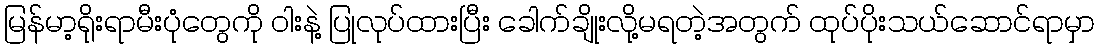
မြန်မာ့ရိုးရာမီးပုံတွေကို ဝါးနဲ့ ပြုလုပ်ထားပြီး ခေါက်ချိုးလို့မရတဲ့အတွက် ထုပ်ပိုးသယ်ဆောင်ရာမှာ